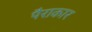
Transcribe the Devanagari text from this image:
पैराकार